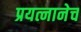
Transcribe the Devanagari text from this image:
प्रयत्नानेच